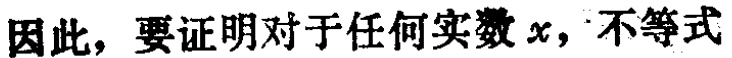
因此，要证明对于任何实数 \(x\)，不等式